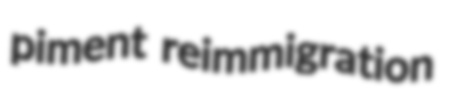
piment reimmigration